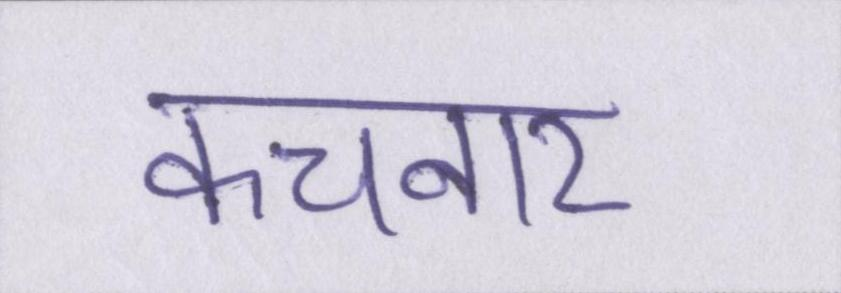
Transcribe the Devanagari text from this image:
कचनार